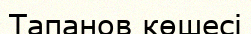
Тапанов көшесі